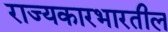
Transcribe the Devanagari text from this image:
राज्यकारभारतील